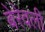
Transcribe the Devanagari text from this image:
बेरेवली